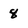
Character: 8